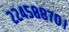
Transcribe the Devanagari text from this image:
२२४५८८७०।